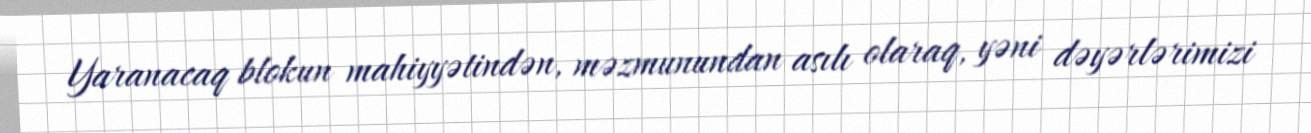
Yaranacaq blokun mahiyyətindən, məzmunundan asılı olaraq, yəni dəyərlərimizi